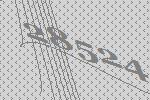
28524